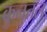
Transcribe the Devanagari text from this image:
कुनतल